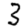
Digit: 3